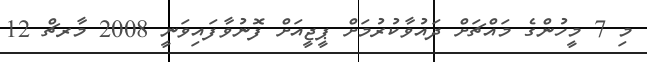
މި 7 މީހުންގެ މައްޗަށް ދައުވާކުރުމަށް ޕީޖީއަށް ފޮނުވާފައިވަނީ 2008 މާރޗް 12